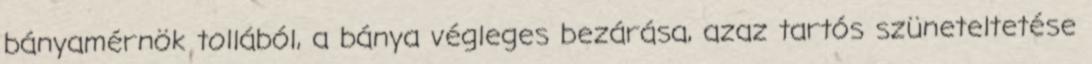
bányamérnök tollából, a bánya végleges bezárása, azaz tartós szüneteltetése